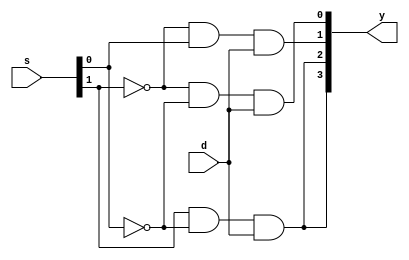
`timescale 1ns / 1ps
//////////////////////////////////////////////////////////////////////////////////
// Company: 
// Engineer: 
// 
// Design Name: 
// Module Name:    demus_datapath 
// Project Name: 
// Target Devices: 
// Tool versions: 
// Description: 
//
// Dependencies: 
//
// Revision: 
// Revision 0.01 - File Created
// Additional Comments: 
//
/////////////////////////////////////////////////////////////////////////////////
module demus_datapath(d,s,y);
input d;
input[1:0]s;
output[3:0]y;
assign y[0]=(~s[1]&~s[0]&d);
assign y[1]=(~s[1]&s[0]&d);
assign y[2]=(s[1]&~s[0]&d);
assign y[3]=(s[1]&~s[0]&d);
endmodule